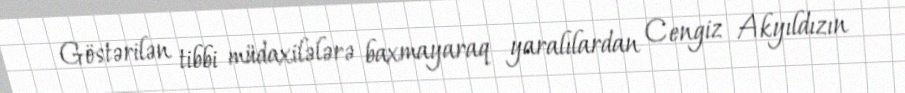
Göstərilən tibbi müdaxilələrə baxmayaraq yaralılardan Cengiz Akyıldızın